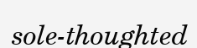
sole-thoughted